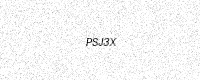
Text: PSJ3X